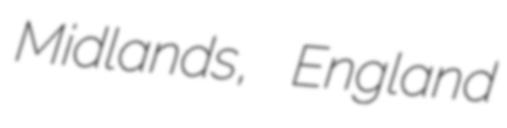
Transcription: Midlands, England